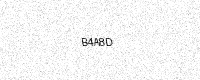
Text: B4A8D